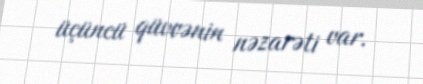
üçüncü qüvvənin nəzarəti var.